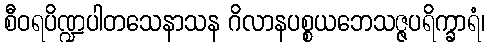
စီဝရပိဏ္ဍပါတသေနာသန ဂိလာနပစ္စယဘေသဇ္ဇပရိက္ခာရံ၊